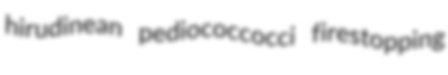
hirudinean pediococcocci firestopping